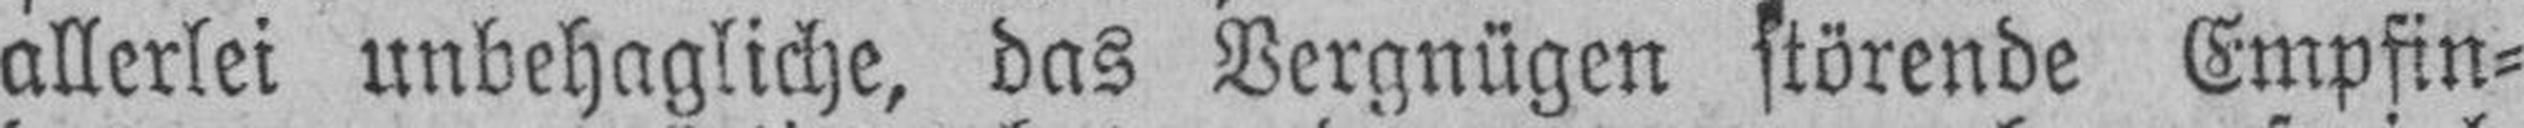
allerlei unbehagliche, das Vergnügen störende Empfin¬